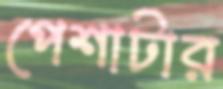
পেশাটার